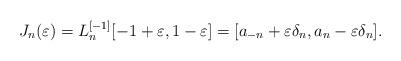
LaTeX: \begin{align*}J_n(\varepsilon)=L_n^{[-1]}[-1+\varepsilon, 1-\varepsilon]=[a_{-n}+\varepsilon\delta_n, a_n-\varepsilon\delta_n].\end{align*}